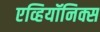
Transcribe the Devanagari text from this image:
एव्हियॉनिक्स